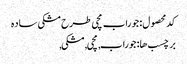
کد محصول: جوراب مچی طرح مشکی ساده
برچسب ها: جوراب, مچی, مشکی,